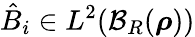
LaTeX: \hat{B}_{i}\in L^{2}{\left(\mathcal{B}_{R}({\boldsymbol\rho})\right)}